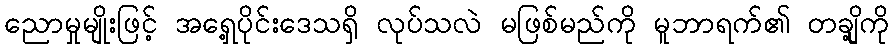
ညောမှုမျိုးဖြင့် အရှေ့ပိုင်းဒေသရှိ လုပ်သလဲ မဖြစ်မည်ကို မူဘာရက်၏ တချို့ကို